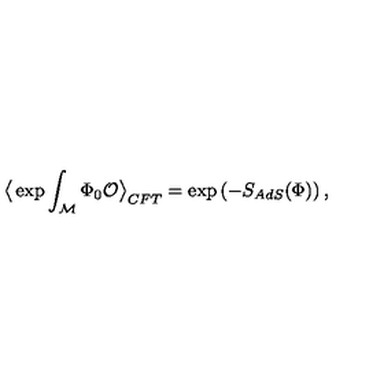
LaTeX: \big < \exp \int _ { \cal M } \Phi _ { 0 } { \cal O } \big > _ { C F T } = \exp \left( - S _ { A d S } ( \Phi ) \right) ,